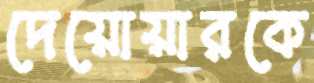
দেয়োয়ারকে